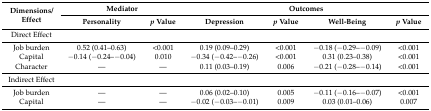
| <ROWSPAN=2> Dimensions/Effect | <COLSPAN=2> Mediator | <COLSPAN=4> Outcomes |
 | Personality | p Value | Depression | p Value | Well-Being | p Value |
 | --- | --- | --- | --- | --- | --- | --- |
 | Direct Effect |  |  |  |  |  |  |
 | Job burden | 0.52(0.41–0.63) | <0.001 | 0.19 (0.09–0.29) | <0.001 | −0.18 (−0.29–−0.09) | <0.001 |
 | Capital | −0.14 (−0.24–−0.04) | 0.010 | −0.34 (−0.42–−0.26) | <0.001 | 0.31 (0.23–0.38) | <0.001 |
 | Character | — | — | 0.11 (0.03–0.19) | 0.006 | −0.21 (−0.28–−0.14) | <0.001 |
 | Indirect Effect |  |  |  |  |  |  |
 | Job burden | — | — | 0.06 (0.02–0.10) | 0.005 | −0.11 (−0.16–−0.07) | <0.001 |
 | Capital | — | — | −0.02 (−0.03–−0.01) | 0.009 | 0.03 (0.01–0.06) | 0.007 |